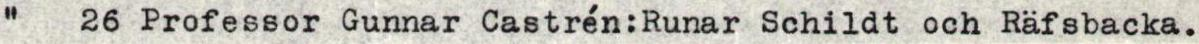
 " 26 Professor Gunnar Castrén:Runar Schildt och Räfsbacka.